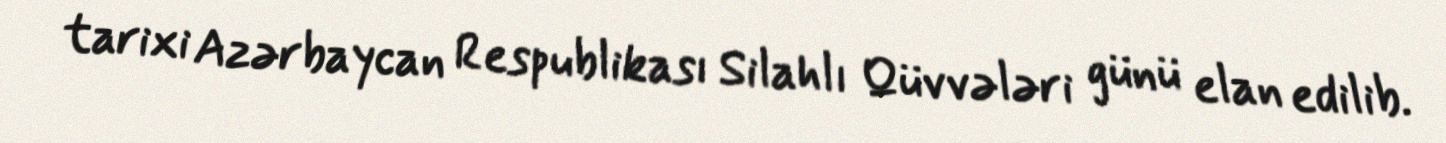
tarixi Azərbaycan Respublikası Silahlı Qüvvələri günü elan edilib.